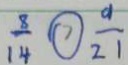
\frac { 8 } { 1 4 } \textcircled { > } \frac { 9 } { 2 1 }